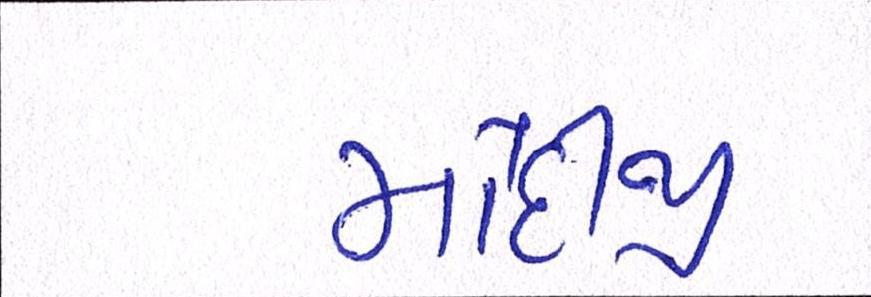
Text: મોદીજી